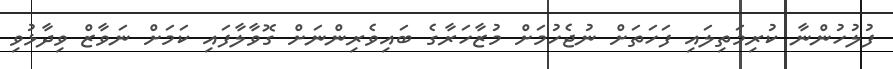
ފުލުހުންނާ ކުރިމަތިލައި ފަހަތަށް ނުޖެހުމަށް މުޒާހަރާގެ ބައިވެރިންނަށް ގޮވާލާފައި ކަމަށް ނަވާޒް ވިދާޅުވި